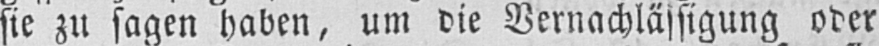
sie zu sagen haben, um die Vernachlässigung oder